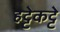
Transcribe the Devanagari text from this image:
हट्टेकट्टे